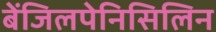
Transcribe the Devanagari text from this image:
बेंजिलपेनिसिलिन